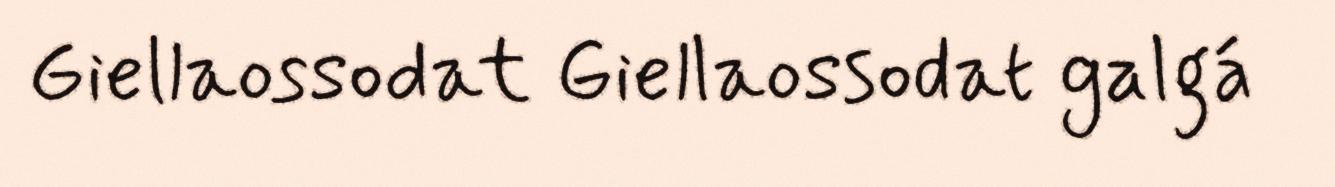
Giellaossodat Giellaossodat galgá